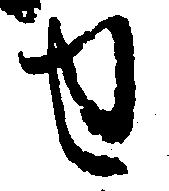
せ